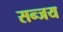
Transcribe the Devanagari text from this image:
सन्जय